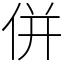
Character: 併